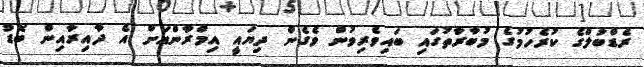
ރެޑްބުލްގެ ކުރެހުމުގެ މުބާރާތުގައި ބައިވެރިވުން ވެގެން ދިޔައީ އިމްރާންއަށް އެ ދާއިރާއިން ބޮޑު